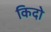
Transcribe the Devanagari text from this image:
किदो